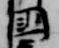
国